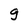
Character: g